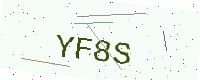
Text: YF8S